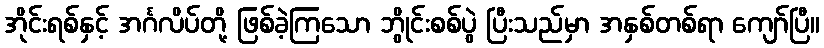
အိုင်းရစ်နှင့် အင်္ဂလိပ်တို့ ဖြစ်ခဲ့ကြသော ဘွိုင်းစစ်ပွဲ ပြီးသည်မှာ အနှစ်တစ်ရာ ကျော်ပြီ။